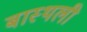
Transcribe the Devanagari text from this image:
बास्थली